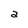
Character: 2